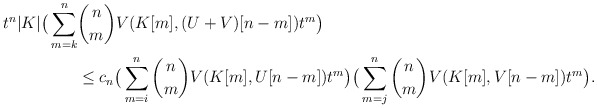
\begin{align*}t^n|K|\big(\sum_{m=k}^n &{{n}\choose{m}}V(K[m], (U+V)[n-m])t^m \big) \\ &\le c_n\big(\sum_{m=i}^n {{n}\choose{m}}V(K[m], U[n-m])t^m \big)\big(\sum_{m=j}^n {{n}\choose{m}}V(K[m], V[n-m])t^m \big).\end{align*}